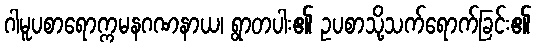
ဂါမူပစာရောက္ကမနဂဏနာယ၊ ရွာတပါး၏ ဥပစာသို့သက်ရောက်ခြင်း၏